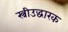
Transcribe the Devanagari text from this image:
स्त्रीउद्धारक